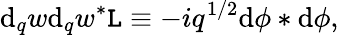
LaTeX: \mathrm{d}_{q}w\mathrm{d}_{q}w^{\ast}{\cal\mathtt{L}}\equiv-iq^{1/2}\mathrm{d}\phi\ast\mathrm{d}\phi,